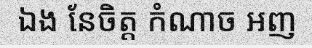
ឯង នែចិត្ត កំណាច អញ